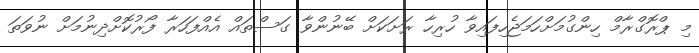
މި ޕްރޮގްރާމް ހިންގުމަށްހަމަޖެހިފައިވާ ހުރިހާ ރަށަކަށް ބޭނުންވާ ގަސްތައް އެއްފަހަރާ ފޯރުކޮށްދިނުމަށް ނުވަތަ